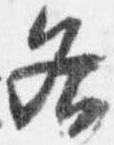
各